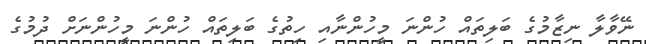
ނޭވާލާ ނިޒާމުގެ ބަލިތައް ހުންނަ މީހުންނާއި ހިތުގެ ބަލިތައް ހުންނަ މީހުންނަށް ދުމުގެ